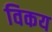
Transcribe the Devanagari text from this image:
विकय